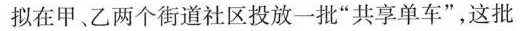
拟在甲、乙两个街道社区投放一批”共享单车”，这批